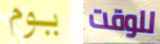
يوم للوقت